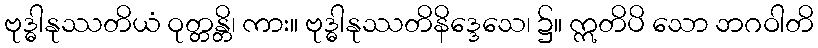
ဗုဒ္ဓါနုဿတိယံ ဝုတ္တန္တိ၊ ကား။ ဗုဒ္ဓါနုဿတိနိဒ္ဒေသေ၊ ၌။ ဣတိပိ သော ဘဂဝါတိ